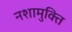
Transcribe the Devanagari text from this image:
नशामुक्ति